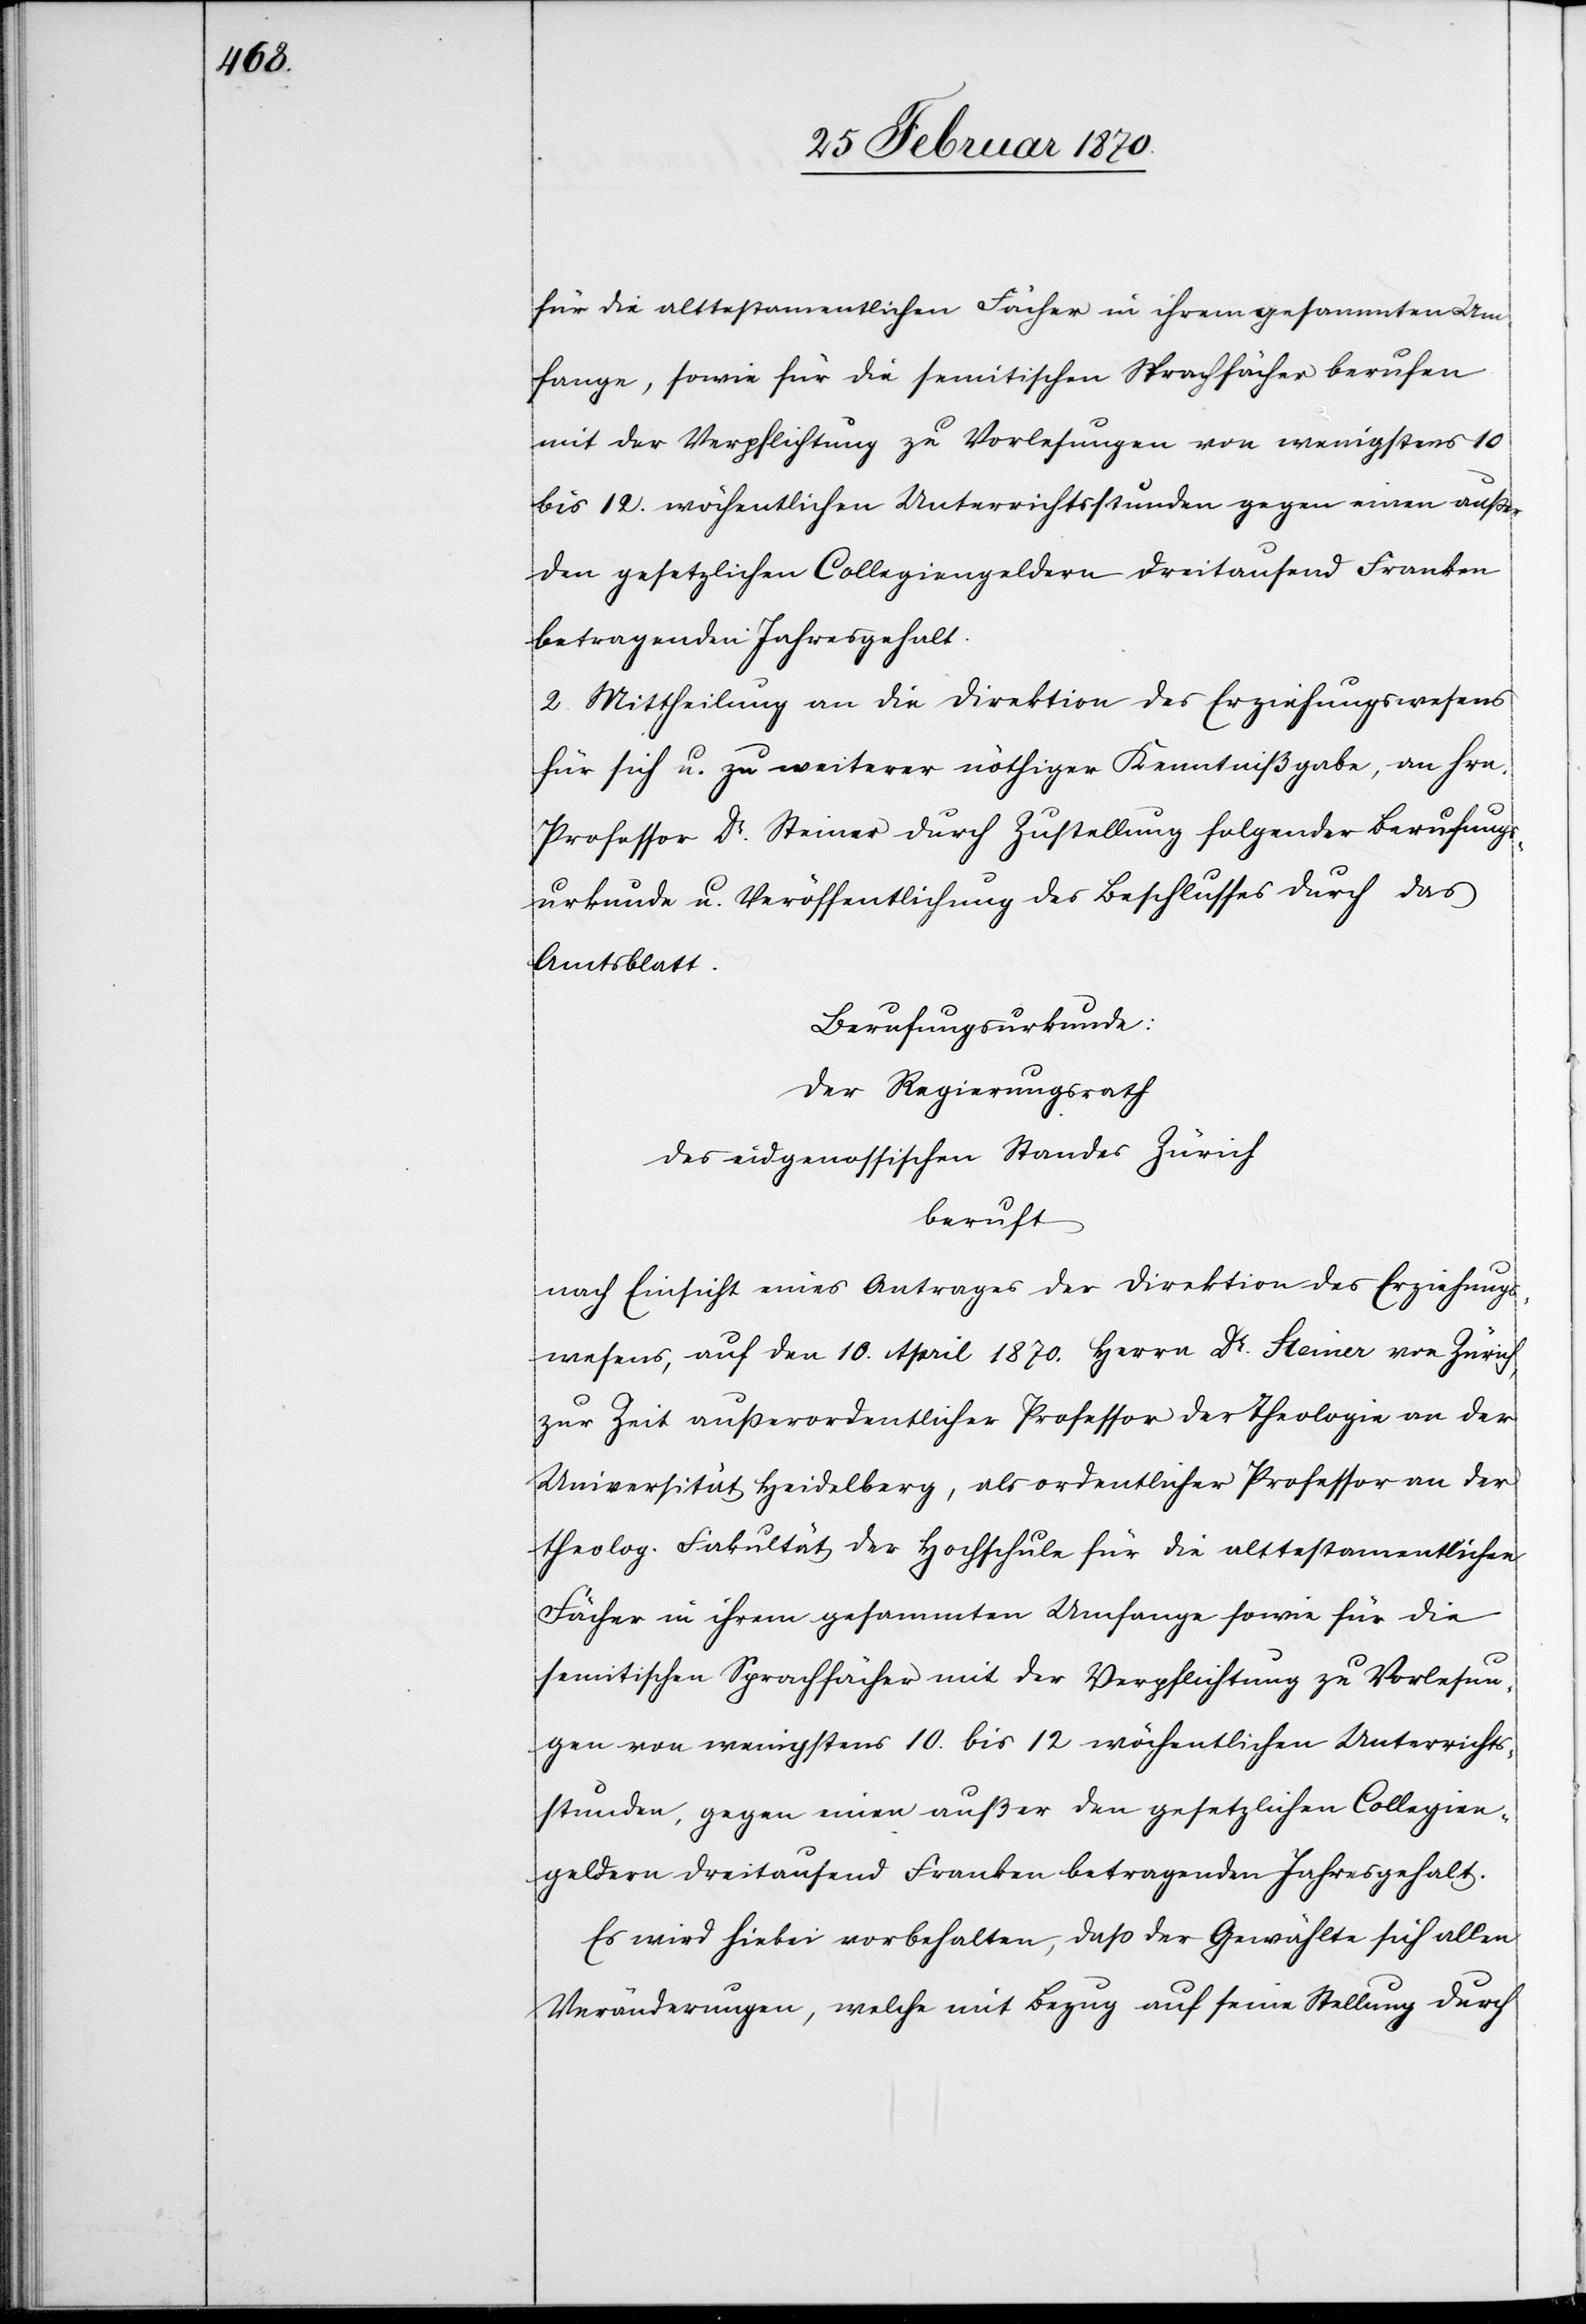
für die alttestamentlichen Fächer in ihrem gesammten Um¬
fange, sowie für die semitischen Sprachfächer berufen
mit der Verpflichtung zu Vorlesungen von wenigstens 10
bis 12. wöchentlichen Unterrichtsstunden gegen einen außer
den gesetzlichen Collegiengeldern dreitausend Franken
betragenden Jahresgehalt.
2. Mittheilung an die Direktion des Erziehungswesens
für sich u. zu weiterer nöthiger Kenntnißgabe, an Hrn.
Professor Dr. Steiner durch Zustellung folgender Berufungs¬
urkunde u. Veröffentlichung des Beschlusses durch das
Amtsblatt.
Berufungsurkunde:
Der Regierungsrath
des eidgenossischen Standes Zürich
beruft
nach Einsicht eines Antrages der Direktion des Erziehungs¬
wesens, auf den 10. April 1870. Herrn Dr. Steiner von Zürich,
zur Zeit außerordentlicher Professor der Theologie an der
Universität Heidelberg, als ordentlicher Professor an der
theolog. Fakultät der Hochschule für die alttestamentlichen
Fächer in ihrem gesammten Umfange sowie für die
semitischen Sprachfächer mit der Verpflichtung zu Vorlesun¬
gen von wenigstens 10. bis 12. wöchentlichen Unterrichts¬
stunden, gegen einen außer den gesetzlichen Collegien¬
geldern dreitausend Franken betragenden Jahresgehalt.
Es wird hiebei vorbehalten, daß der Gewählte sich allen
Veränderungen, welche mit Bezug auf seine Stellung durch